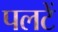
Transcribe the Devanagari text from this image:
पलटें